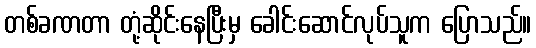
တစ်ခဏတာ တုံ့ဆိုင်းနေပြီးမှ ခေါင်းဆောင်လုပ်သူက ပြောသည်။